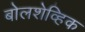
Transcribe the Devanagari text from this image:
बोलशेव्हिक